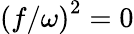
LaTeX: \left(f/\omega\right)^{2}=0